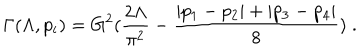
\Gamma ( \Lambda , p _ { i } ) = G ^ { 2 } ( \frac { 2 \Lambda } { \pi ^ { 2 } } - \frac { | p _ { 1 } - p _ { 2 } | + | p _ { 3 } - p _ { 4 } | } { 8 } ) \; .